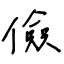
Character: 儉